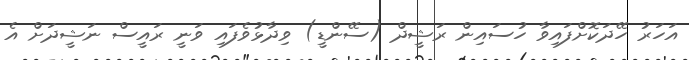
އަހަރު ހޭދަކޮށްފައިވާ ހުސައިން ރަޝީދް (ސޭންޑީ) ވިދާޅުވެފައި ވަނީ ރައީސް ނަޝީދަށް އެ